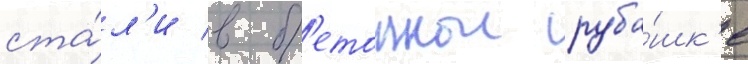
ста́л'и в б'етоннои руба́шк'е